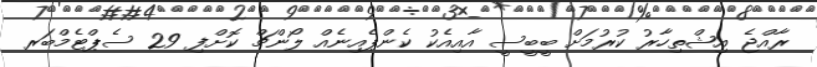
ރާއްޖެ އިޝްތިހާރު ކުރުމަށް ބީބީސީ އާއިއެކު ކެންޕެއިނެއް ލޯންޗް ކޮށްފި 29 ސެޕްޓެމްބަރ